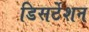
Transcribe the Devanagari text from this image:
डिसर्टेशन